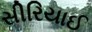
સીરિયાઈ